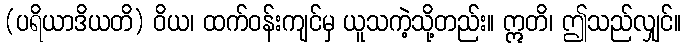
(ပရိယာဒိယတိ) ဝိယ၊ ထက်ဝန်းကျင်မှ ယူသကဲ့သို့တည်း။ ဣတိ၊ ဤသည်လျှင်။